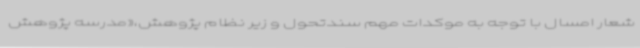
شعار امسال با توجه به موکدات مهم سندتحول و زیر نظام پژوهش،«مدرسه پژوهش